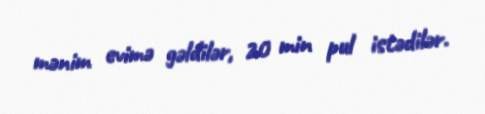
mənim evimə gəldilər, 20 min pul istədilər.